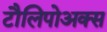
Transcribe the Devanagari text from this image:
टौलिपोअक्स